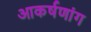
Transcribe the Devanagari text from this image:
आकर्षणांग